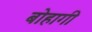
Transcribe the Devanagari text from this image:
बोहागी